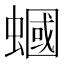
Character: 蟈